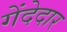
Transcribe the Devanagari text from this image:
गेंदेदार